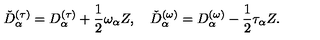
\check { D } _ { \alpha } ^ { ( \tau ) } = D _ { \alpha } ^ { ( \tau ) } + \frac { 1 } { 2 } \omega _ { \alpha } Z , \quad \check { D } _ { \alpha } ^ { ( \omega ) } = D _ { \alpha } ^ { ( \omega ) } - \frac { 1 } { 2 } \tau _ { \alpha } Z .